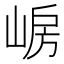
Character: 𡸰